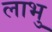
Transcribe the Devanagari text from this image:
लाभु